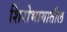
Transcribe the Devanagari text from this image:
शिरोभागातील